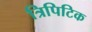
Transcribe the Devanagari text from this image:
त्रिपिटिक